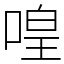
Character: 喤